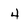
Character: 4